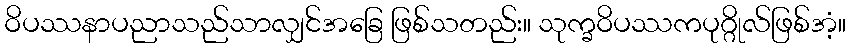
ဝိပဿနာပညာသည်သာလျှင်အခြေ ဖြစ်သတည်း။ သုက္ခဝိပဿကပုဂ္ဂိုလ်ဖြစ်အံ့။